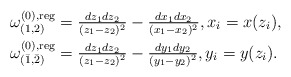
\begin{align*}\omega^{(0),{\rm reg}}_{(1,2)}&=\tfrac{dz_1dz_2}{(z_1-z_2)^2}-\tfrac{dx_1dx_2}{(x_1-x_2)^2},x_i=x(z_i),\\ \omega^{(0),{\rm reg}}_{(\bar1,\bar2)}&=\tfrac{dz_1dz_2}{(z_1-z_2)^2}-\tfrac{dy_1dy_2}{(y_1-y_2)^2},y_i=y(z_i).\end{align*}